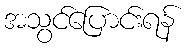
အသွင်ပြောင်းရန်